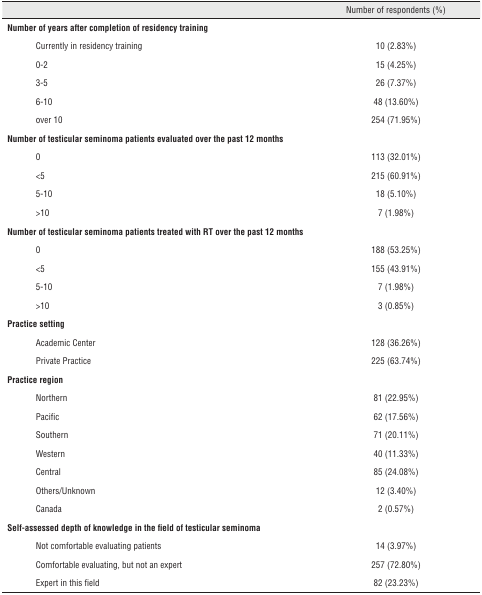
|  |  | Number of respondents (%) |
 | --- | --- | --- |
 | <COLSPAN=2> Number of years after completion of residency training |  |
 |  | Currently in residency training | 10 (2.83%) |
 |  | 0-2 | 15 (4.25%) |
 |  | 3-5 | 26 (7.37%) |
 |  | 6-10 | 48 (13.60%) |
 |  | over 10 | 254 (71.95%) |
 | <COLSPAN=2> Number of testicular seminoma patients evaluated over the past 12 months |  |
 |  | 0 | 113 (32.01%) |
 |  | <5 | 215 (60.91%) |
 |  | 5-10 | 18 (5.10%) |
 |  | >10 | 7 (1.98%) |
 | <COLSPAN=2> Number of testicular seminoma patients treated with RT over the past 12 months |  |
 |  | 0 | 188 (53.25%) |
 |  | <5 | 155 (43.91%) |
 |  | 5-10 | 7 (1.98%) |
 |  | >10 | 3 (0.85%) |
 | <COLSPAN=2> Practice setting |  |
 |  | Academic Center | 128 (36.26%) |
 |  | Private Practice | 225 (63.74%) |
 | <COLSPAN=2> Practice region |  |
 |  | Northern | 81 (22.95%) |
 |  | Pacific | 62 (17.56%) |
 |  | Southern | 71 (20.11%) |
 |  | Western | 40 (11.33%) |
 |  | Central | 85 (24.08%) |
 |  | Others/Unknown | 12 (3.40%) |
 |  | Canada | 2 (0.57%) |
 | <COLSPAN=2> Self-assessed depth of knowledge in the field of testicular seminoma |  |
 |  | Not comfortable evaluating patients | 14 (3.97%) |
 |  | Comfortable evaluating, but not an expert | 257 (72.80%) |
 |  | Expert in this field | 82 (23.23%) |